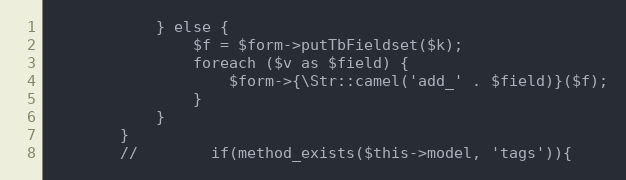
Language: PHP
            } else {
                $f = $form->putTbFieldset($k);
                foreach ($v as $field) {
                    $form->{\Str::camel('add_' . $field)}($f);
                }
            }
        }
        //        if(method_exists($this->model, 'tags')){